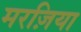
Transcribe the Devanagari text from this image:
मरज़िया